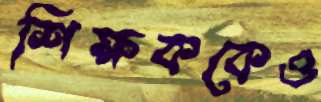
শিক্ষককেও